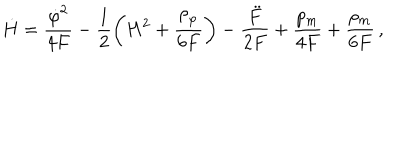
\dot { H } = \frac { { \dot { \varphi } } ^ { 2 } } { 4 F } - \frac { 1 } { 2 } \left( H ^ { 2 } + \frac { { \rho } _ { \varphi } } { 6 F } \right) - \frac { \ddot { F } } { 2 F } + \frac { p _ { m } } { 4 F } + \frac { \rho _ { m } } { 6 F } \, ,